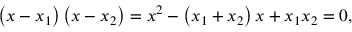
\left( x - x _ { 1 } \right) \left( x - x _ { 2 } \right) = x ^ { 2 } - \left( x _ { 1 } + x _ { 2 } \right) x + x _ { 1 } x _ { 2 } = 0 ,